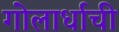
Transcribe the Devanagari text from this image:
गोलार्धाची